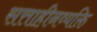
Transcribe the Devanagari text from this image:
सत्ताहीनव्यक्ति